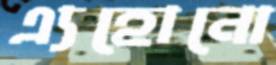
এ্যহোনো